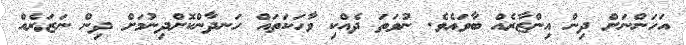
އަހަންނަށް ދިން އިންޒާރެއް ބާވައެވެ. ނުވަތަ ދެއްކި ވާހަކަތައް ހަނދާންކޮށްދިނުމަށް ދިން ނަޒަރެއް